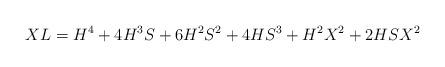
LaTeX: \begin{align*}XL=H^{4}+4H^{3}S+6H^{2}S^{2}+4HS^{3}+H^{2}X^{2}+2HSX^{2}\end{align*}